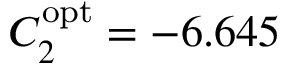
C _ { 2 } ^ { \mathrm { { o p t } } } = - 6 . 6 4 5